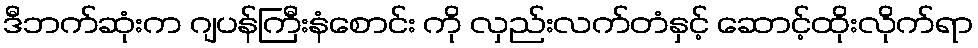
ဒီဘက်ဆုံးက ဂျပန်ကြီးနံစောင်း ကို လှည်းလက်တံနှင့် ဆောင့်ထိုးလိုက်ရာ